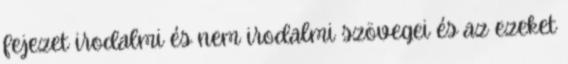
fejezet irodalmi és nem irodalmi szövegei és az ezeket